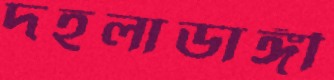
দহলাডাঙ্গী